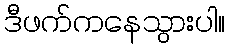
ဒီဖက်ကနေသွားပါ။